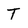
Character: T